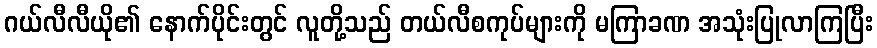
ဂယ်လီလီယို၏ နောက်ပိုင်းတွင် လူတို့သည် တယ်လီစကုပ်များကို မကြာခဏ အသုံးပြုလာကြပြီး